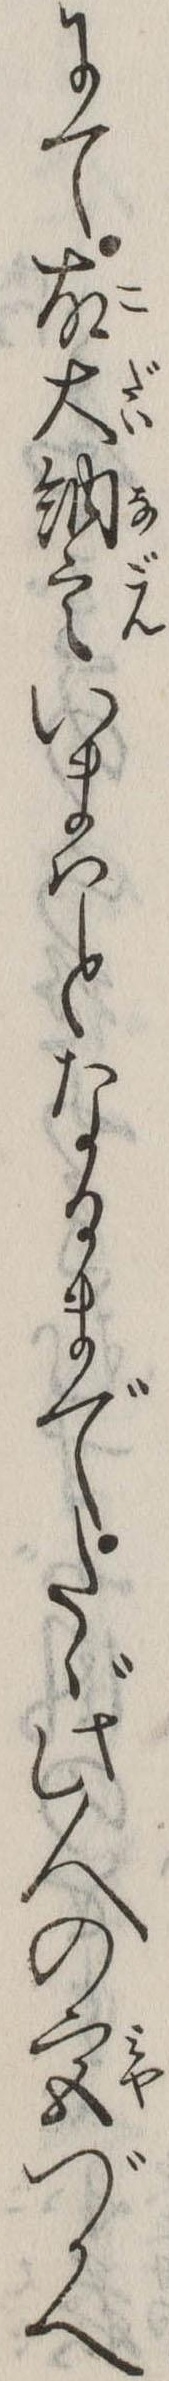
にて故大納言いまはとなるまでたゞ此人の宮づかへ